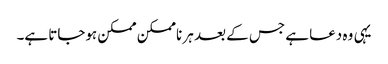
یہی وہ دعا ہے جس کے بعد ہر ناممکن ممکن ہوجاتا ہے۔